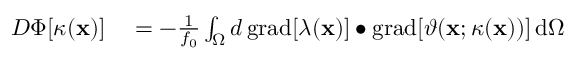
\begin{array} { r l } { D \Phi [ \kappa ( \mathbf { x } ) ] } & { { } = - \frac { 1 } { f _ { 0 } } \int _ { \Omega } d \, \mathrm { g r a d } [ \lambda ( \mathbf { x } ) ] \bullet \mathrm { g r a d } [ \vartheta ( \mathbf { x } ; \kappa ( \mathbf { x } ) ) ] \, \mathrm { d } \Omega } \end{array}